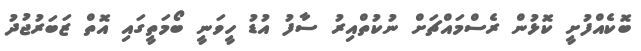
ބޮކެއްފުށީ ކޮޅުން ރެސްމައްޗަށް ނުކުތްއިރު ސާފު އުޑު ހީވަނީ ބޯމަތީގައި އޮތް ޒަބަރުޖުދު